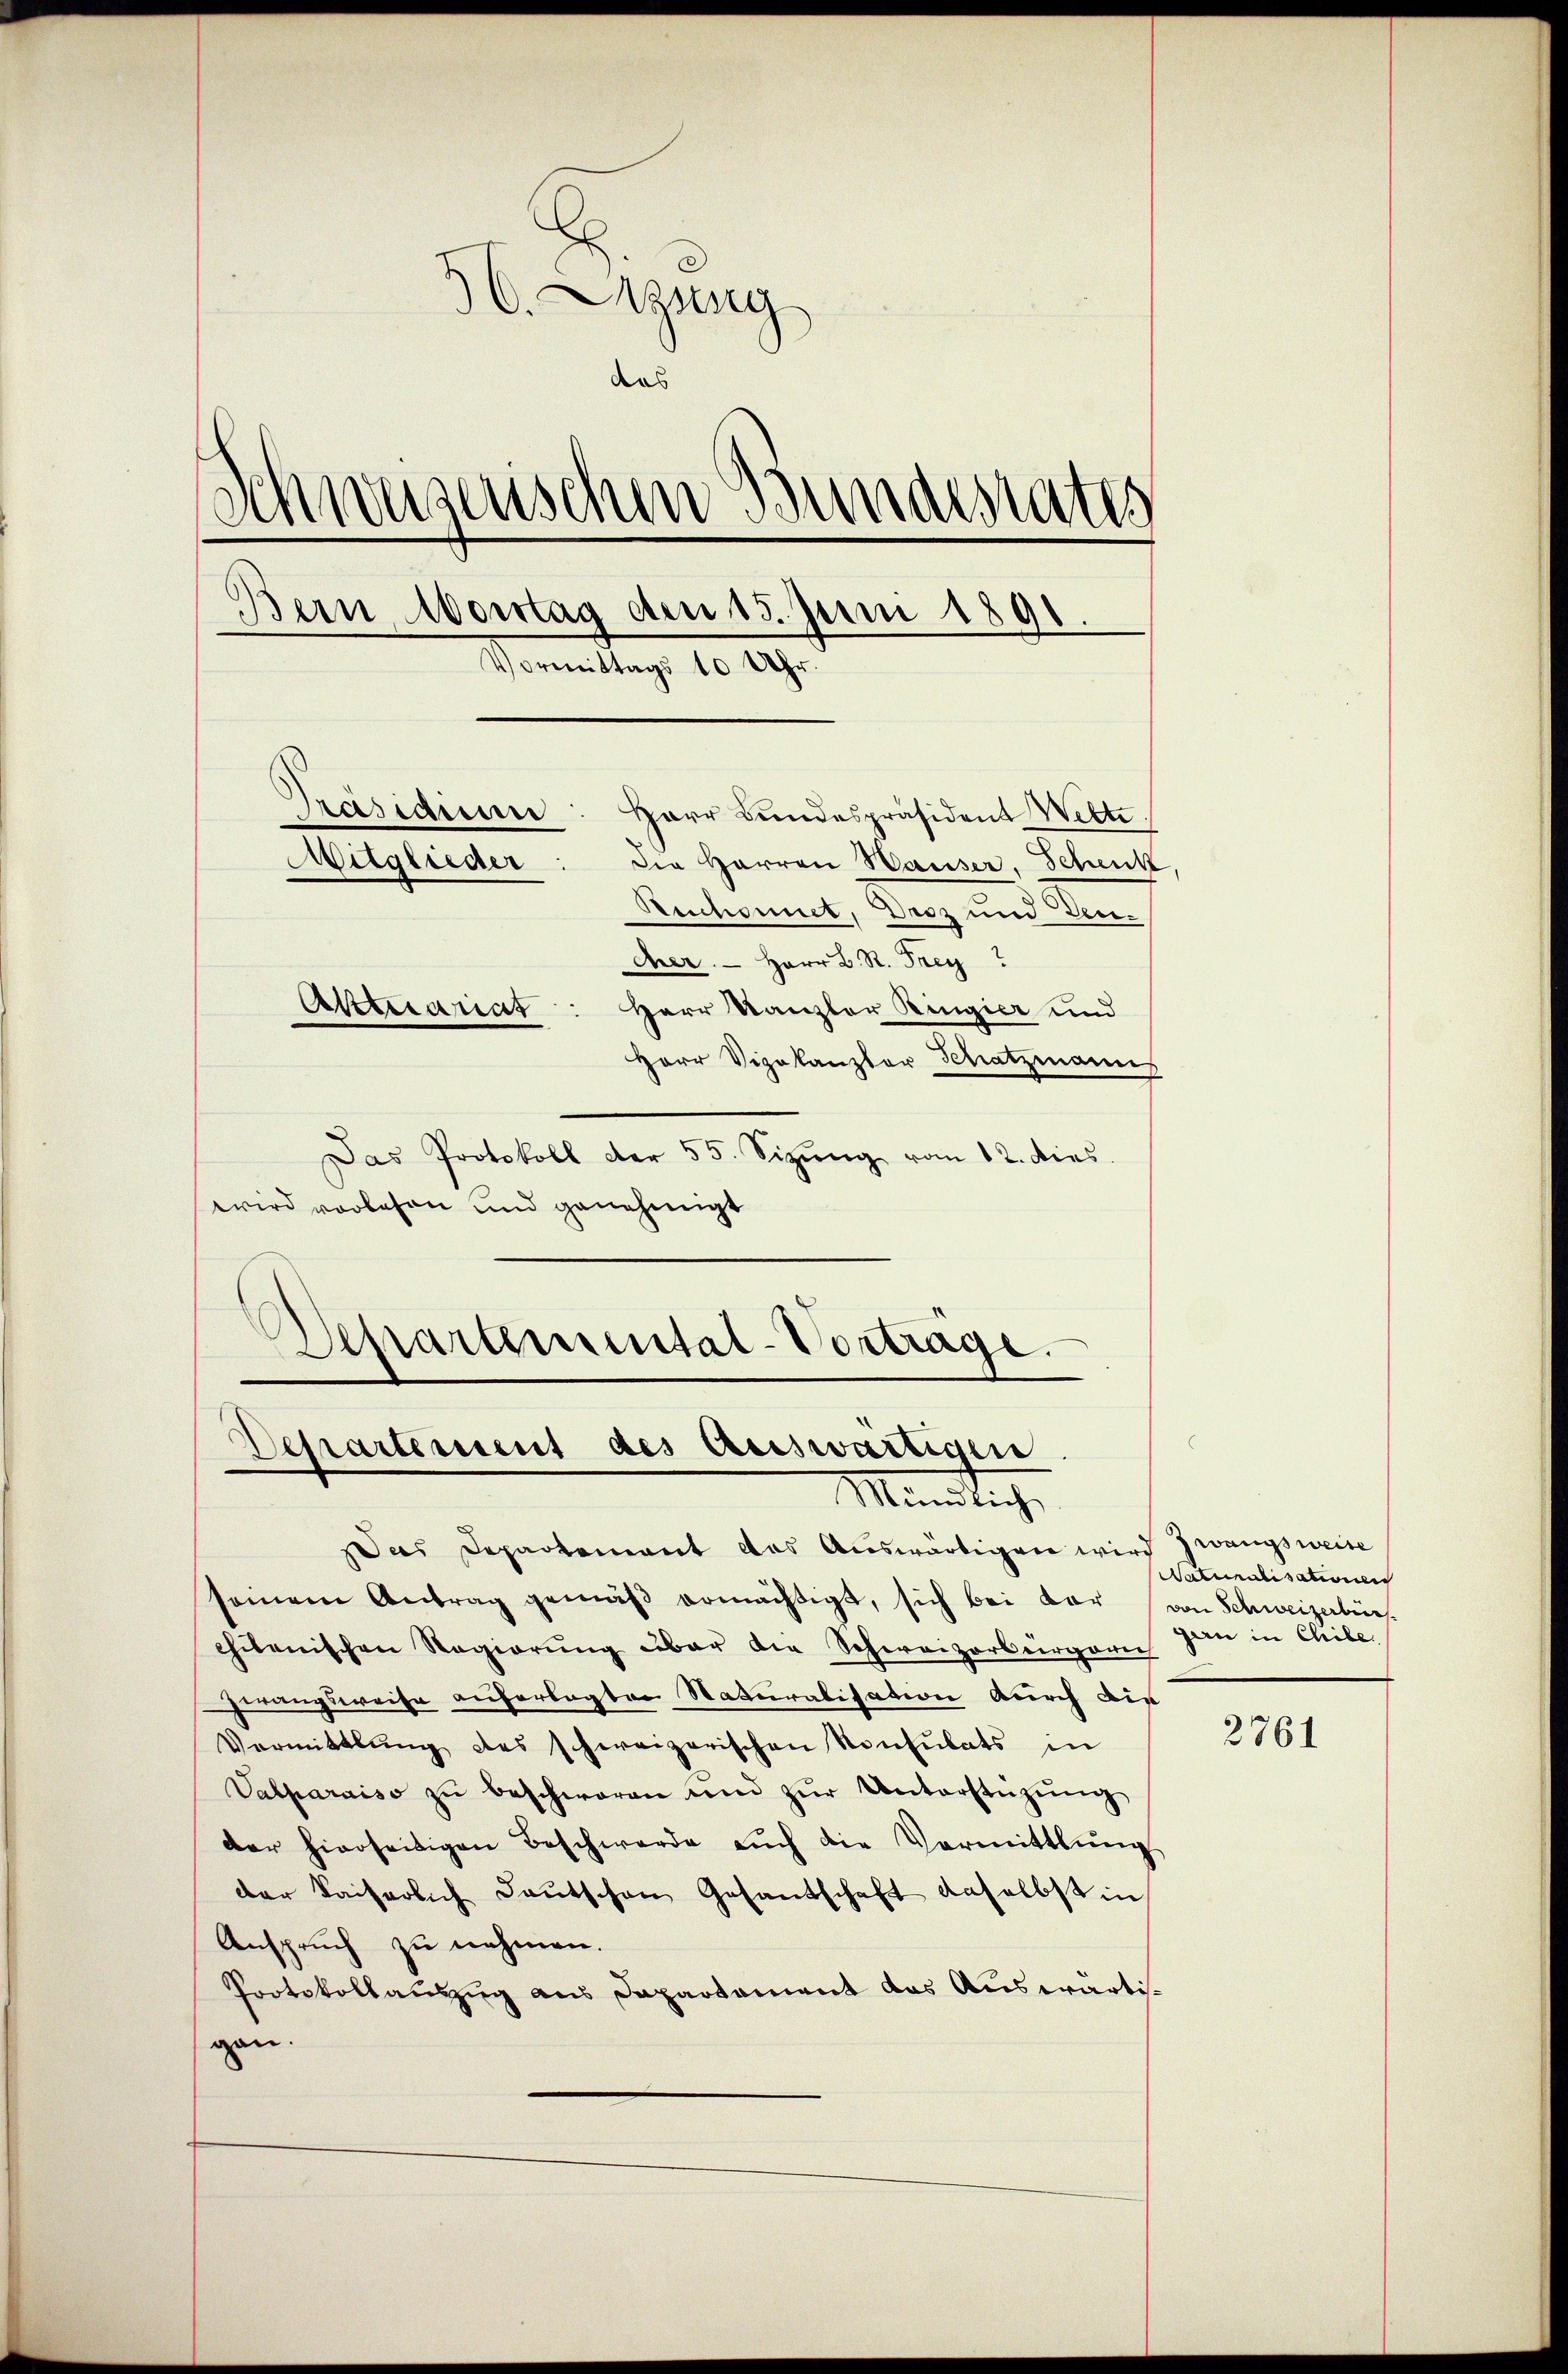
. Sitzung
das
Schweizerischen Bundesrates
Bern Aborstag den 15. Juni 1891.
Vormittags 10 Uhr.
Präsidium: Herr Bundespräsident Wette
die Herren Hauser, Schenk,
Witglieder
Ruchonnet, Droz und dencher. - Herr D. R. Frey
Arttrariat
Herr Kanzler Ringier und
Herr Vizekanzler Schatzmann

Das Protokoll der 55. Sizŭng vom 12. dies
wird vorlesen und genehmigt
Departemental-Vorträge.

Departement des Auswärtigen
Mantliche

Das Departement das Auswärtigen wird Zwangsweise
seinem Antrag gemäβ ermächtigt, sich bei vor von Schweizerbür
chilenischen Regierŭng über die Schweizerbürgeri
Zwangsweise auferlegten Naturalisation durch die
Vermittlung des schweizerischen Konsulats in
Valparniso zŭ beschweren und zŭr Unterstützŭng
der hierseitigen Beschwerde aŭch die Vormittlung
der Kaiserlich deutschen Gesandschaft daselbst in
Anspruch zu nehmen.
Portokollauszug aus Dapartament das Auswärtigen.

Naturalisationen
garn in Chibe

2761